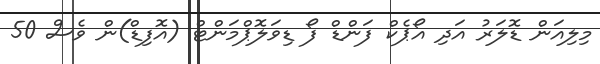
މިލިއަން ޑޮލަރު އަދި އޯޕެކް ފަންޑް ފޯ ޑިވަލޮޕްމަންޓް (އޮފިޑް)ން ވެސް 50